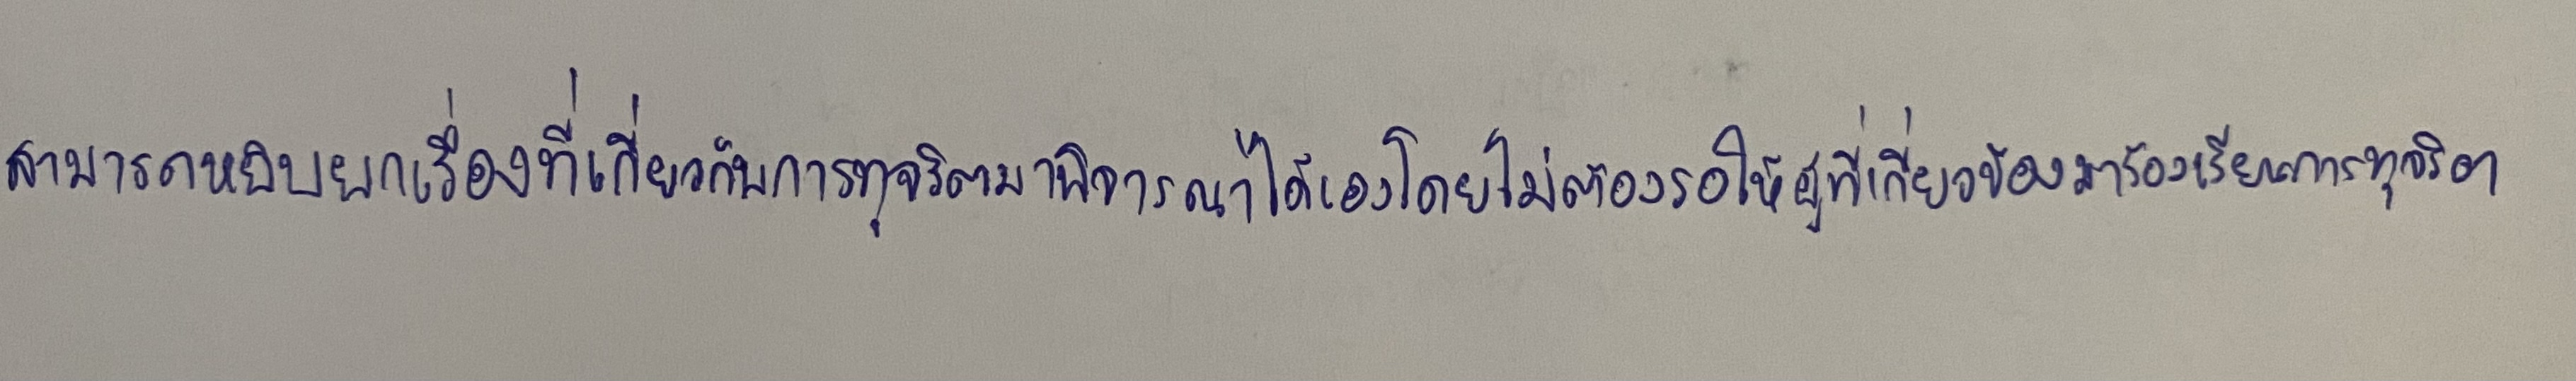
สามารถหยิบยกเรื่องที่เกี่ยวกับการทุจริตมาพิจารณาได้เองโดยไม่ต้องรอให้ผู้ที่เกี่ยวข้องมาร้องเรียนการทุจริต